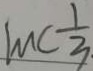
M C \frac { 1 } { 3 }